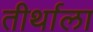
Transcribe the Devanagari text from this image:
तीर्थाला